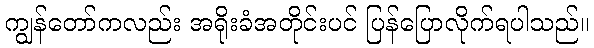
ကျွန်တော်ကလည်း အရိုးခံအတိုင်းပင် ပြန်ပြောလိုက်ရပါသည်။